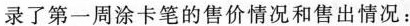
录了第一周涂卡笔的售价情况和售出情况：